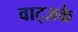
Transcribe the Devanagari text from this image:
वाट्ज़के